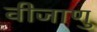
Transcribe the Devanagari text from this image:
वीजाणु